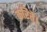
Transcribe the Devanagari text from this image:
करितें।